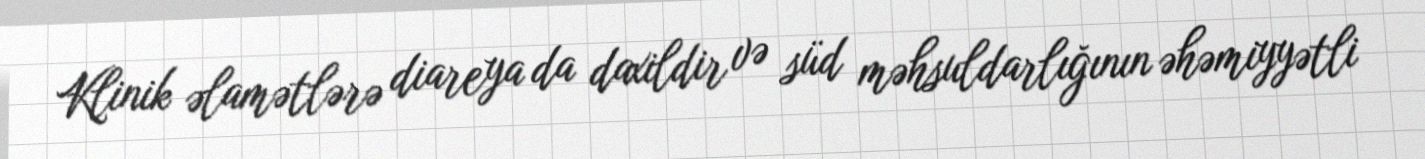
Klinik əlamətlərə diareya da daxildir və süd məhsuldarlığının əhəmiyyətli